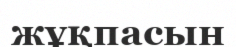
жұқпасын